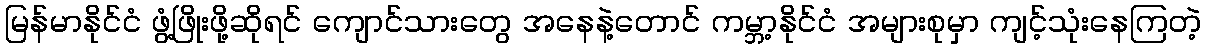
မြန်မာနိုင်ငံ ဖွံ့ဖြိုးဖို့ဆိုရင် ကျောင်သားတွေ အနေနဲ့တောင် ကမ္ဘာ့နိုင်ငံ အများစုမှာ ကျင့်သုံးနေကြတဲ့